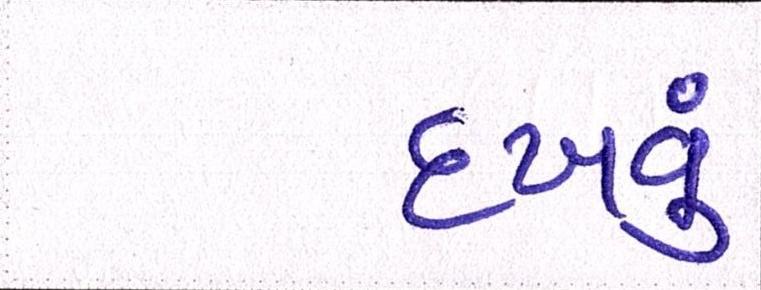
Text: દઃખવું